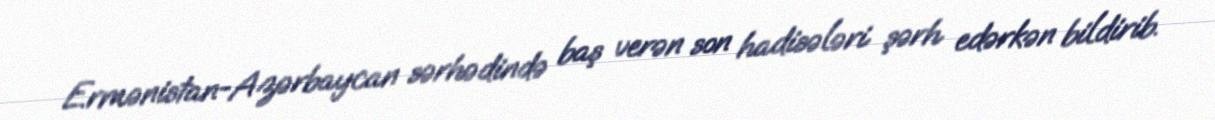
Ermənistan-Azərbaycan sərhədində baş verən son hadisələri şərh edərkən bildirib.